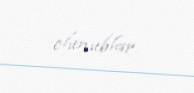
olunublar.